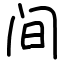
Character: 间